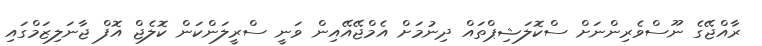
ރާއްޖޭގެ ނޫސްވެރިންނަށް ސްކޮލަޝިޕްތައް ދިނުމަށް އެމްޖޭއޭއިން ވަނީ ސްރީލަންކަން ކޮލެޖް އޮފް ޖާނަލިޒަމްގައި